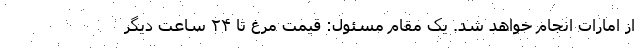
از امارات انجام خواهد شد. یک مقام مسئول: قیمت مرغ تا ۲۴ ساعت دیگر